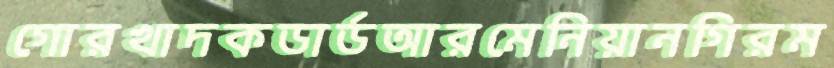
গোরখাদকডার্ডআরমেনিয়ানগিরম